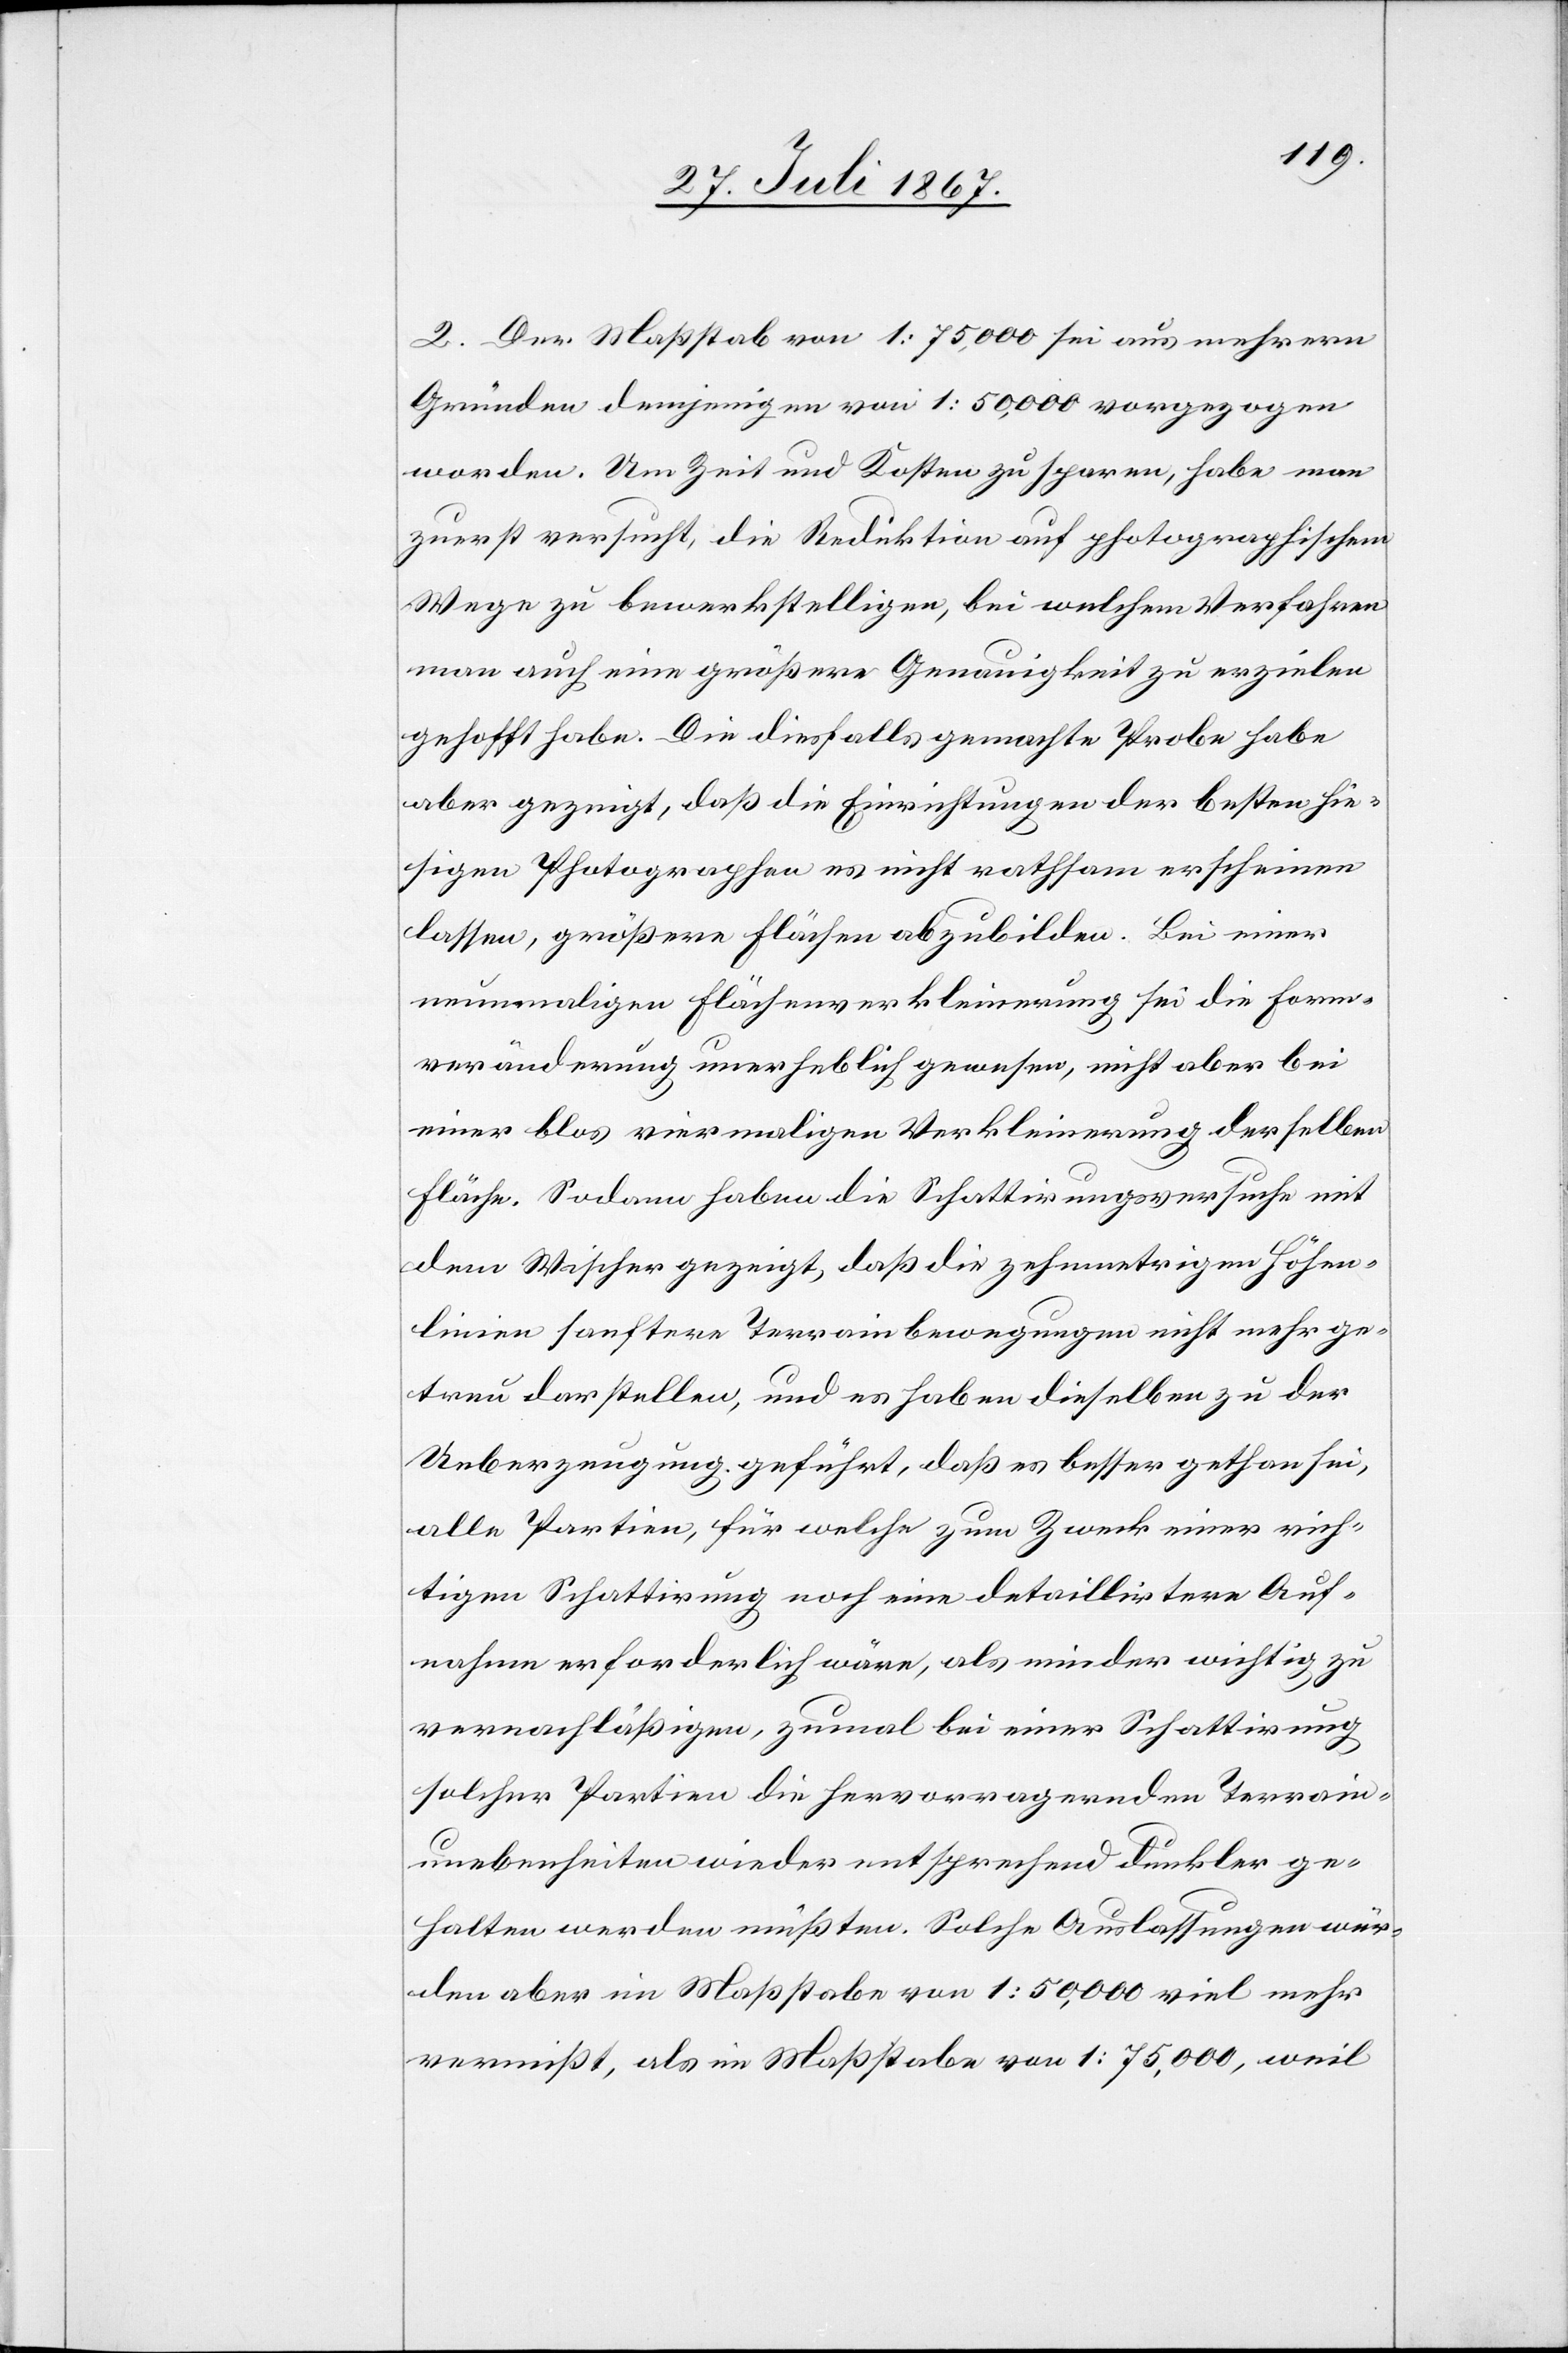
2. Der Maßstab von 1:75 000 sei aus mehrern
Gründen demjenigen von 1:50 000 vorgezogen
worden. Um Zeit und Kosten zu sparen, habe man
zuerst versucht, die Reduktion auf photographischem
Wege zu bewerkstelligen, bei welchem Verfahren
man auch eine größere Genauigkeit zu erzielen
gehofft habe. Die diesfalls gemachte Probe habe
aber gezeigt, daß die Einrichtungen der besten hie¬
sigen Photographen es nicht rathsam erscheinen
lassen, größere Flächen abzubilden. Bei einer
neunmaligen Flächenverkleinerung sei die Form¬
veränderung unerheblich gewesen, nicht aber bei
einer blos viermaligen Verkleinerung derselben
Fläche. Sodann haben die Schattirungsversuche mit
dem Wischer gezeigt, daß die zehnmetrigen Höhen¬
linien sanftere Terrainbewegungen nicht mehr ge¬
treu darstellen, und es haben dieselben zu der
Ueberzeugung geführt, daß es besser gethan sei,
alle Partien, für welche zum Zweck einer rich¬
tigen Schattirung noch eine detaillirtere Auf¬
nahme erforderlich wäre, als minder wichtig zu
vernachläßigen, zumal bei einer Schattirung
solcher Partien die hervorragenden Terrain¬
unebenheiten wieder entsprechend dunkler ge¬
halten werden müßten. Solche Auslassungen wür¬
den aber im Maßstabe von 1:50 000 viel mehr
vermißt, als im Maßstabe von 1:75 000, weil